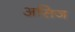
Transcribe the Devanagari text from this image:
असिज